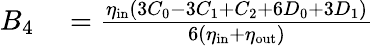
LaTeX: \begin{array}{rl}{B_{4}}&{{}=\frac{\eta_{\mathrm{in}}(3C_{0}-3C_{1}+C_{2}+6D_{0}+3D_{1})}{6(\eta_{\mathrm{in}}+\eta_{\mathrm{out}})}}\end{array}